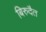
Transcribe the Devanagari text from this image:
बिरुदैत